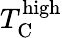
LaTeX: T_{\mathrm C}^{\textnormal{high}}